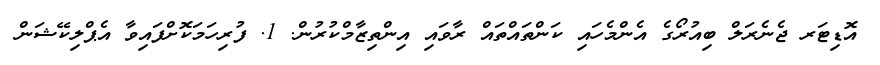
އޮޑިޓަރ ޖެނެރަލް ބިއުރޯގެ އެންމެހައި ކަންތައްތައް ރާވައި އިންތިޒާމްކުރުން. 1. ފުރިހަމަކޮށްފައިވާ އެޕްލިކޭޝަން